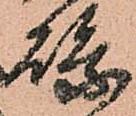
縣